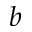
b